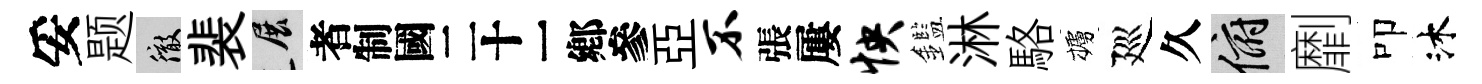
妥题徹裴展识亞不張屢怏鑑淋駱櫨廵久俯劘叩沐